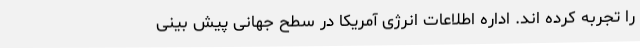
را تجربه کرده اند. اداره اطلاعات انرژی آمریکا در سطح جهانی پیش بینی